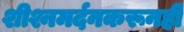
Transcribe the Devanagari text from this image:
शीश्नमर्दनकरूनही